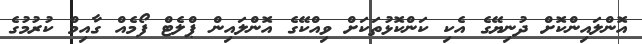
އޮންލައިންކޮށް ދުނިޔޭގެ އެކި ކަންކޮޅުތަކަށް ވިއްކޭގެ އޮންލައިން ޕްލެޓް ފޯމެއް ގާއިމް ކުރުމުގެ